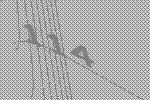
114